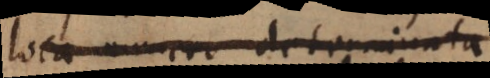
loca numero determinata,